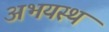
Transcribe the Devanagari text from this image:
अभयस्थ